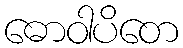
ဓောဝါပိတေ